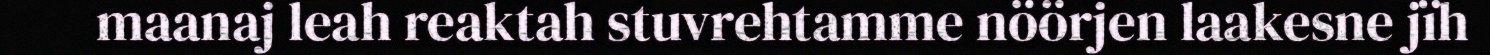
maanaj leah reaktah stuvrehtamme nöörjen laakesne jïh